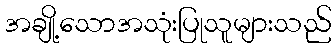
အချို့သောအသုံးပြုသူများသည်